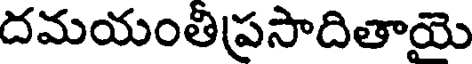
దమయంతిప్రసాదితాయె